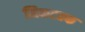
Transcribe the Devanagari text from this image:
निकटतक